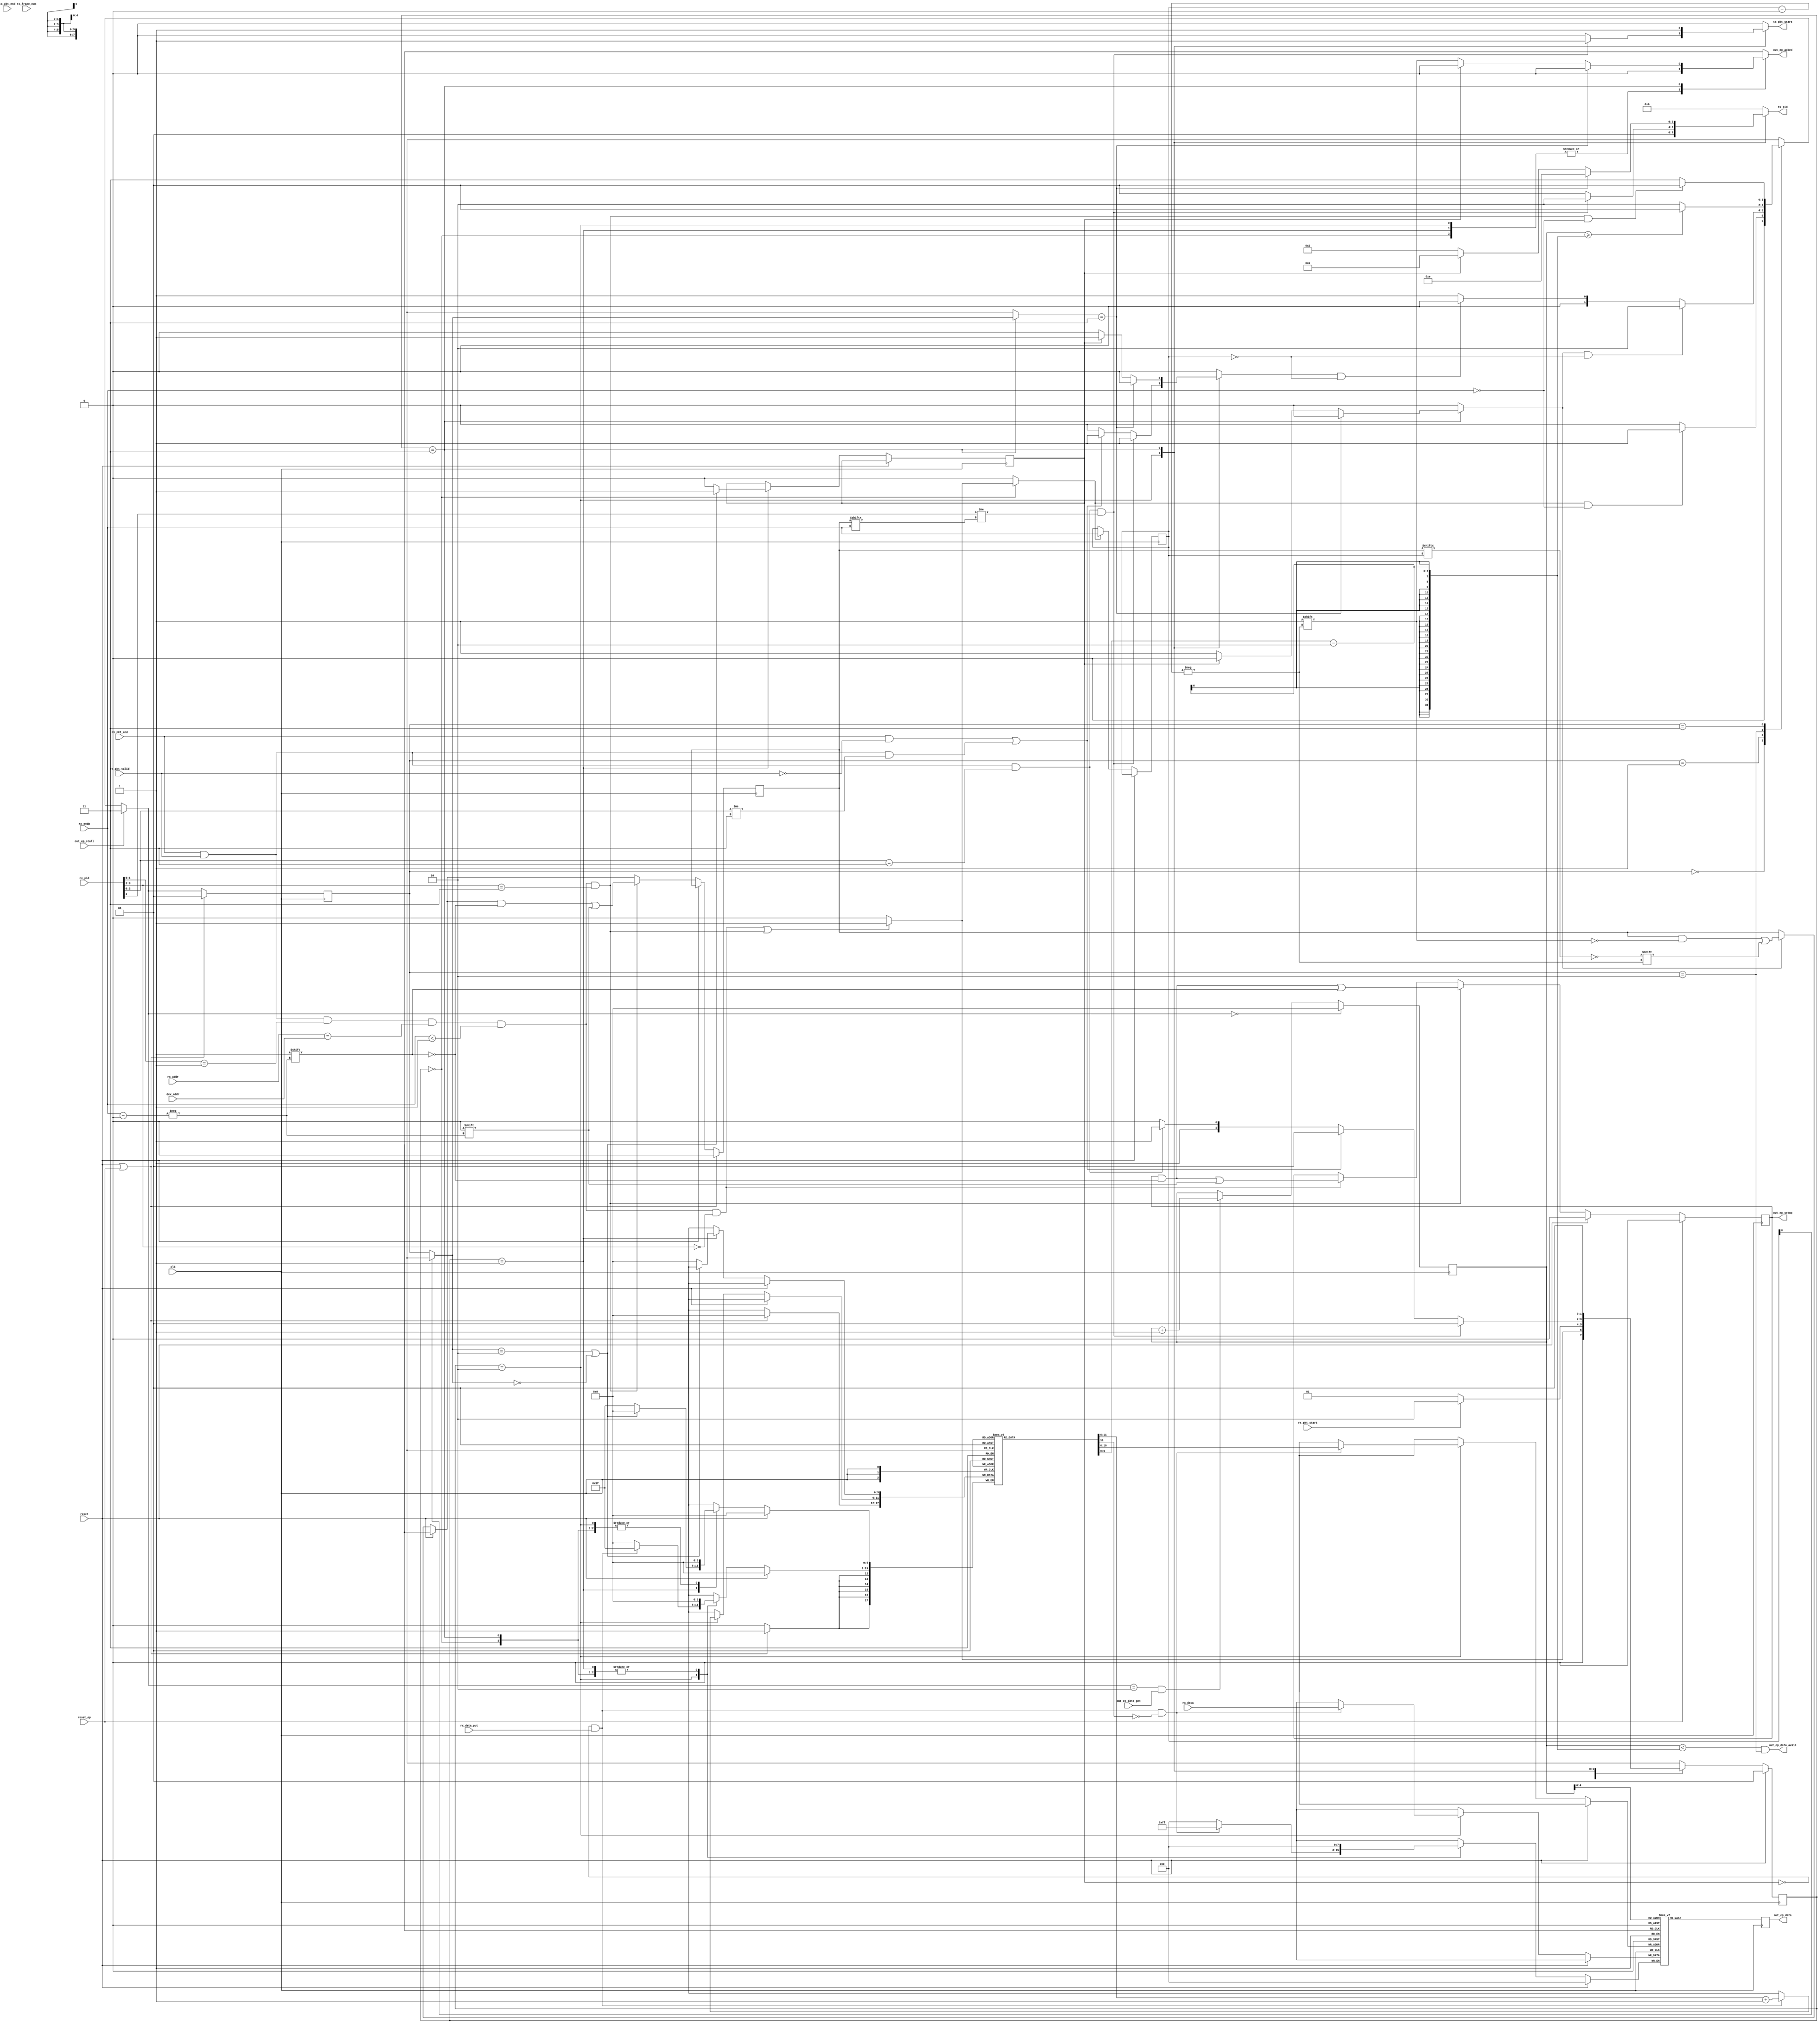
// The OUT Protocol Engine receives data from the host.
module usb_fs_out_pe #(
  parameter NUM_OUT_EPS = 1,
  parameter MAX_OUT_PACKET_SIZE = 32
) (
  input clk,
  input reset,
  input [NUM_OUT_EPS-1:0] reset_ep,
  input [6:0] dev_addr,

  ////////////////////
  // endpoint interface
  ////////////////////
  output [NUM_OUT_EPS-1:0] out_ep_data_avail,
  output reg [NUM_OUT_EPS-1:0] out_ep_setup = 0,
  input [NUM_OUT_EPS-1:0] out_ep_data_get,
  output reg [7:0] out_ep_data,
  input [NUM_OUT_EPS-1:0] out_ep_stall,
  output reg [NUM_OUT_EPS-1:0] out_ep_acked = 0,


  ////////////////////
  // rx path
  ////////////////////

  // Strobed on reception of packet.
  input rx_pkt_start,
  input rx_pkt_end,
  input rx_pkt_valid,

  // Most recent packet received.
  input [3:0] rx_pid,
  input [6:0] rx_addr,
  input [3:0] rx_endp,
  input [10:0] rx_frame_num,

  // rx_data is pushed into endpoint controller.
  input rx_data_put,
  input [7:0] rx_data,


  ////////////////////
  // tx path
  ////////////////////

  // Strobe to send new packet.
  output reg tx_pkt_start = 0,
  input tx_pkt_end,
  output reg [3:0] tx_pid = 0
);
  ////////////////////////////////////////////////////////////////////////////////
  // endpoint state machine
  ////////////////////////////////////////////////////////////////////////////////
  localparam READY_FOR_PKT = 0;
  localparam PUTTING_PKT = 1;
  localparam GETTING_PKT = 2;
  localparam STALL = 3;

  reg [1:0] ep_state [NUM_OUT_EPS - 1:0];
  reg [1:0] ep_state_next [NUM_OUT_EPS - 1:0];


  ////////////////////////////////////////////////////////////////////////////////
  // out transfer state machine
  ////////////////////////////////////////////////////////////////////////////////
  localparam IDLE = 0;
  localparam RCVD_OUT = 1;
  localparam RCVD_DATA_START = 2;
  localparam RCVD_DATA_END = 3;

  reg [1:0] out_xfr_state = IDLE;
  reg [1:0] out_xfr_state_next;

  reg out_xfr_start = 0;
  reg new_pkt_end = 0;
  reg rollback_data = 0;


  reg [3:0] out_ep_num = 0;


  reg [NUM_OUT_EPS - 1:0] out_ep_data_avail_i = 0;
  reg [NUM_OUT_EPS - 1:0] out_ep_data_avail_j = 0;

  // set when the endpoint buffer is unable to receive the out transfer
  reg nak_out_transfer = 0;

  // data toggle state
  reg [NUM_OUT_EPS - 1:0] data_toggle = 0;

  // latched on valid OUT/SETUP token
  reg [3:0] current_endp = 0;
  wire [1:0] current_ep_state = ep_state[current_endp];

  // endpoint data buffer
  reg [7:0] out_data_buffer [(MAX_OUT_PACKET_SIZE * NUM_OUT_EPS) - 1:0];

  // current get_addr when outputting a packet from the buffer
  reg [5:0] ep_get_addr [NUM_OUT_EPS - 1:0];
  reg [5:0] ep_get_addr_next [NUM_OUT_EPS - 1:0];


  // endpoint put_addrs when inputting a packet into the buffer
  reg [5:0] ep_put_addr [NUM_OUT_EPS - 1:0];

  // total buffer put addr, uses endpoint number and that endpoints current
  // put address
  wire [8:0] buffer_put_addr = {current_endp[3:0], ep_put_addr[current_endp][4:0]};
  wire [8:0] buffer_get_addr = {out_ep_num[3:0], ep_get_addr[out_ep_num][4:0]};

  wire token_received =
    rx_pkt_end &&
    rx_pkt_valid &&
    rx_pid[1:0] == 2'b01 &&
    rx_addr == dev_addr &&
    rx_endp < NUM_OUT_EPS;

  wire out_token_received =
    token_received &&
    rx_pid[3:2] == 2'b00;

  wire setup_token_received =
    token_received &&
    rx_pid[3:2] == 2'b11;

  wire invalid_packet_received =
    rx_pkt_end &&
    !rx_pkt_valid;

  wire data_packet_received =
    rx_pkt_end &&
    rx_pkt_valid &&
    rx_pid[2:0] == 3'b011;

  wire non_data_packet_received =
    rx_pkt_end &&
    rx_pkt_valid &&
    rx_pid[2:0] != 3'b011;

  //reg last_data_toggle = 0;

  wire bad_data_toggle =
    data_packet_received &&
    rx_pid[3] != data_toggle[rx_endp];

    //last_data_toggle == data_toggle[current_endp];

  ////////////////////////////////////////////////////////////////////////////////
  // endpoint state machine
  ////////////////////////////////////////////////////////////////////////////////

  genvar ep_num;
  generate
    for (ep_num = 0; ep_num < NUM_OUT_EPS; ep_num = ep_num + 1) begin
      always @* begin

        ep_state_next[ep_num] <= ep_state[ep_num];

        if (out_ep_stall[ep_num]) begin
          ep_state_next[ep_num] <= STALL;

        end else begin
          case (ep_state[ep_num])
            READY_FOR_PKT : begin
              if (out_xfr_start && rx_endp == ep_num) begin
                ep_state_next[ep_num] <= PUTTING_PKT;

              end else begin
                ep_state_next[ep_num] <= READY_FOR_PKT;
              end
            end

            PUTTING_PKT : begin
              if (new_pkt_end && current_endp == ep_num) begin
                ep_state_next[ep_num] <= GETTING_PKT;

              end else if (rollback_data && current_endp == ep_num) begin
                ep_state_next[ep_num] <= READY_FOR_PKT;

              end else begin
                ep_state_next[ep_num] <= PUTTING_PKT;
              end
            end

            GETTING_PKT : begin

              if (ep_get_addr[ep_num][5:0] >= (ep_put_addr[ep_num][5:0] - 2)) begin
                ep_state_next[ep_num] <= READY_FOR_PKT;

              end else begin
                ep_state_next[ep_num] <= GETTING_PKT;
              end
            end

            STALL : begin
              if (setup_token_received && rx_endp == ep_num) begin
                ep_state_next[ep_num] <= READY_FOR_PKT;

              end else begin
                ep_state_next[ep_num] <= STALL;
              end
            end

            default begin
              ep_state_next[ep_num] <= READY_FOR_PKT;
            end
          endcase
        end

        if (ep_state_next[ep_num][1:0] == READY_FOR_PKT) begin
          ep_get_addr_next[ep_num][5:0] <= 0;
        end else if (ep_state_next[ep_num][1:0] == GETTING_PKT && out_ep_data_get[ep_num]) begin
          ep_get_addr_next[ep_num][5:0] <= ep_get_addr[ep_num][5:0] + 1;
        end else begin
          ep_get_addr_next[ep_num][5:0] <= ep_get_addr[ep_num][5:0];
        end
      end

      always @(posedge clk) begin
        if (reset || reset_ep[ep_num]) begin
          ep_state[ep_num] <= READY_FOR_PKT;
        end else begin
          ep_state[ep_num] <= ep_state_next[ep_num];
        end

        ep_get_addr[ep_num][5:0] <= ep_get_addr_next[ep_num][5:0];
      end


      assign out_ep_data_avail[ep_num] =
        (ep_get_addr[ep_num][5:0] < (ep_put_addr[ep_num][5:0] - 2)) &&
        (ep_state[ep_num][1:0] == GETTING_PKT);



    end
  endgenerate

  integer i;
  always @(posedge clk) begin
    if (reset) begin
      out_ep_setup <= 0;

    end else begin
      if (setup_token_received) begin
        out_ep_setup[rx_endp] <= 1;
      end else if (out_token_received) begin
        out_ep_setup[rx_endp] <= 0;
      end
    end

    for (i = 0; i < NUM_OUT_EPS; i = i + 1) begin
      if (reset_ep[i]) begin
        out_ep_setup[i] <= 0;
      end
    end
  end

  always @(posedge clk) out_ep_data <= out_data_buffer[buffer_get_addr][7:0];

  integer ep_num_decoder;
  always @* begin
    out_ep_num <= 0;

    for (ep_num_decoder = 0; ep_num_decoder < NUM_OUT_EPS; ep_num_decoder = ep_num_decoder + 1) begin
      if (out_ep_data_get[ep_num_decoder]) begin
        out_ep_num <= ep_num_decoder;
      end
    end
  end

  ////////////////////////////////////////////////////////////////////////////////
  // out transfer state machine
  ////////////////////////////////////////////////////////////////////////////////

  always @* begin
    out_ep_acked <= 0;
    out_xfr_start <= 0;
    out_xfr_state_next <= out_xfr_state;
    tx_pkt_start <= 0;
    tx_pid <= 0;
    new_pkt_end <= 0;
    rollback_data <= 0;

    case (out_xfr_state)
      IDLE : begin
        if (out_token_received || setup_token_received) begin
          out_xfr_state_next <= RCVD_OUT;
          out_xfr_start <= 1;

        end else begin
          out_xfr_state_next <= IDLE;
        end
      end

      RCVD_OUT : begin
        if (rx_pkt_start) begin
          out_xfr_state_next <= RCVD_DATA_START;

        end else begin
          out_xfr_state_next <= RCVD_OUT;
        end
      end

      RCVD_DATA_START : begin
        if (bad_data_toggle) begin
          out_xfr_state_next <= IDLE;
          rollback_data <= 1;
          tx_pkt_start <= 1;
          tx_pid <= 4'b0010; // ACK

        end else if (invalid_packet_received || non_data_packet_received) begin
          out_xfr_state_next <= IDLE;
          rollback_data <= 1;

        end else if (data_packet_received) begin
          out_xfr_state_next <= RCVD_DATA_END;

        end else begin
          out_xfr_state_next <= RCVD_DATA_START;
        end
      end

      RCVD_DATA_END : begin
        out_xfr_state_next <= IDLE;
        tx_pkt_start <= 1;

        if (ep_state[current_endp] == STALL) begin
          tx_pid <= 4'b1110; // STALL

        end else if (nak_out_transfer) begin
          tx_pid <= 4'b1010; // NAK
          rollback_data <= 1;

        end else begin
          tx_pid <= 4'b0010; // ACK
          new_pkt_end <= 1;
          out_ep_acked[current_endp] <= 1;

        //end else begin
        //  tx_pid <= 4'b0010; // ACK
        //  rollback_data <= 1;
        end
      end

      default begin
        out_xfr_state_next <= IDLE;
      end
    endcase
  end

  wire current_ep_busy =
    (ep_state[current_endp] == GETTING_PKT) ||
    (ep_state[current_endp] == READY_FOR_PKT);

  integer j;
  always @(posedge clk) begin
    if (reset) begin
      out_xfr_state <= IDLE;
    end else begin
      out_xfr_state <= out_xfr_state_next;

      if (out_xfr_start) begin
        current_endp <= rx_endp;
        //last_data_toggle <= setup_token_received ? 0 : data_toggle[rx_endp];
      end

      if (new_pkt_end) begin
        data_toggle[current_endp] <= !data_toggle[current_endp];
      end

      if (setup_token_received) begin
        data_toggle[rx_endp] <= 0;
      end

      case (out_xfr_state)
        IDLE : begin
        end

        RCVD_OUT : begin
          if (current_ep_busy) begin
            nak_out_transfer <= 1;
          end else begin
            nak_out_transfer <= 0;
            ep_put_addr[current_endp][5:0] <= 0;
          end
        end

        RCVD_DATA_START : begin
          if (!nak_out_transfer && rx_data_put && !ep_put_addr[current_endp][5]) begin
            out_data_buffer[buffer_put_addr][7:0] <= rx_data;
          end

          if (!nak_out_transfer && rx_data_put) begin
            ep_put_addr[current_endp][5:0] <= ep_put_addr[current_endp][5:0] + 1;

          end
        end

        RCVD_DATA_END : begin
        end
      endcase
    end

    for (j = 0; j < NUM_OUT_EPS; j = j + 1) begin
      if (reset || reset_ep[j]) begin
        data_toggle[j] <= 0;
        ep_put_addr[j][5:0] <= 0;
      end
    end
  end

endmodule